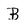
Character: B